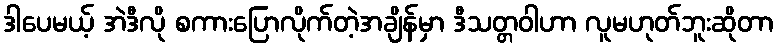
ဒါပေမယ့် အဲဒီလို စကားပြောလိုက်တဲ့အချိန်မှာ ဒီသတ္တဝါဟာ လူမဟုတ်ဘူးဆိုတာ